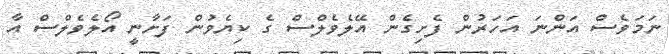
ނަމަވެސް އަންނަ އަހަރުން ފެށިގެން އޭލެވެލްސް ގެ ކިޔެވުން ފަށާނީ އޯލެވެލްސް އާ